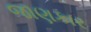
જાણકાર